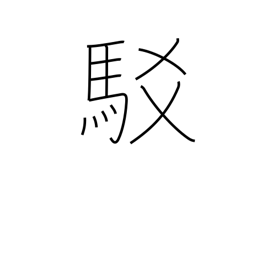
Meaning: refutation